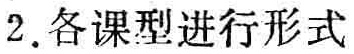
2. 各课型进行形式